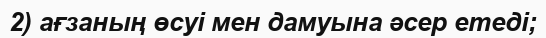
2) ағзаның өсуі мен дамуына әсер етеді;